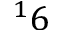
^ 1 6